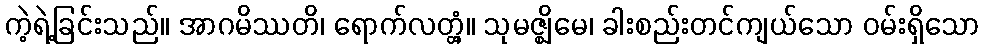
ကဲ့ရဲ့ခြင်းသည်။ အာဂမိဿတိ၊ ရောက်လတ္တံ့။ သုမဇ္ဈိမေ၊ ခါးစည်းတင်ကျယ်သော ဝမ်းရှိသော